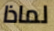
لماذا